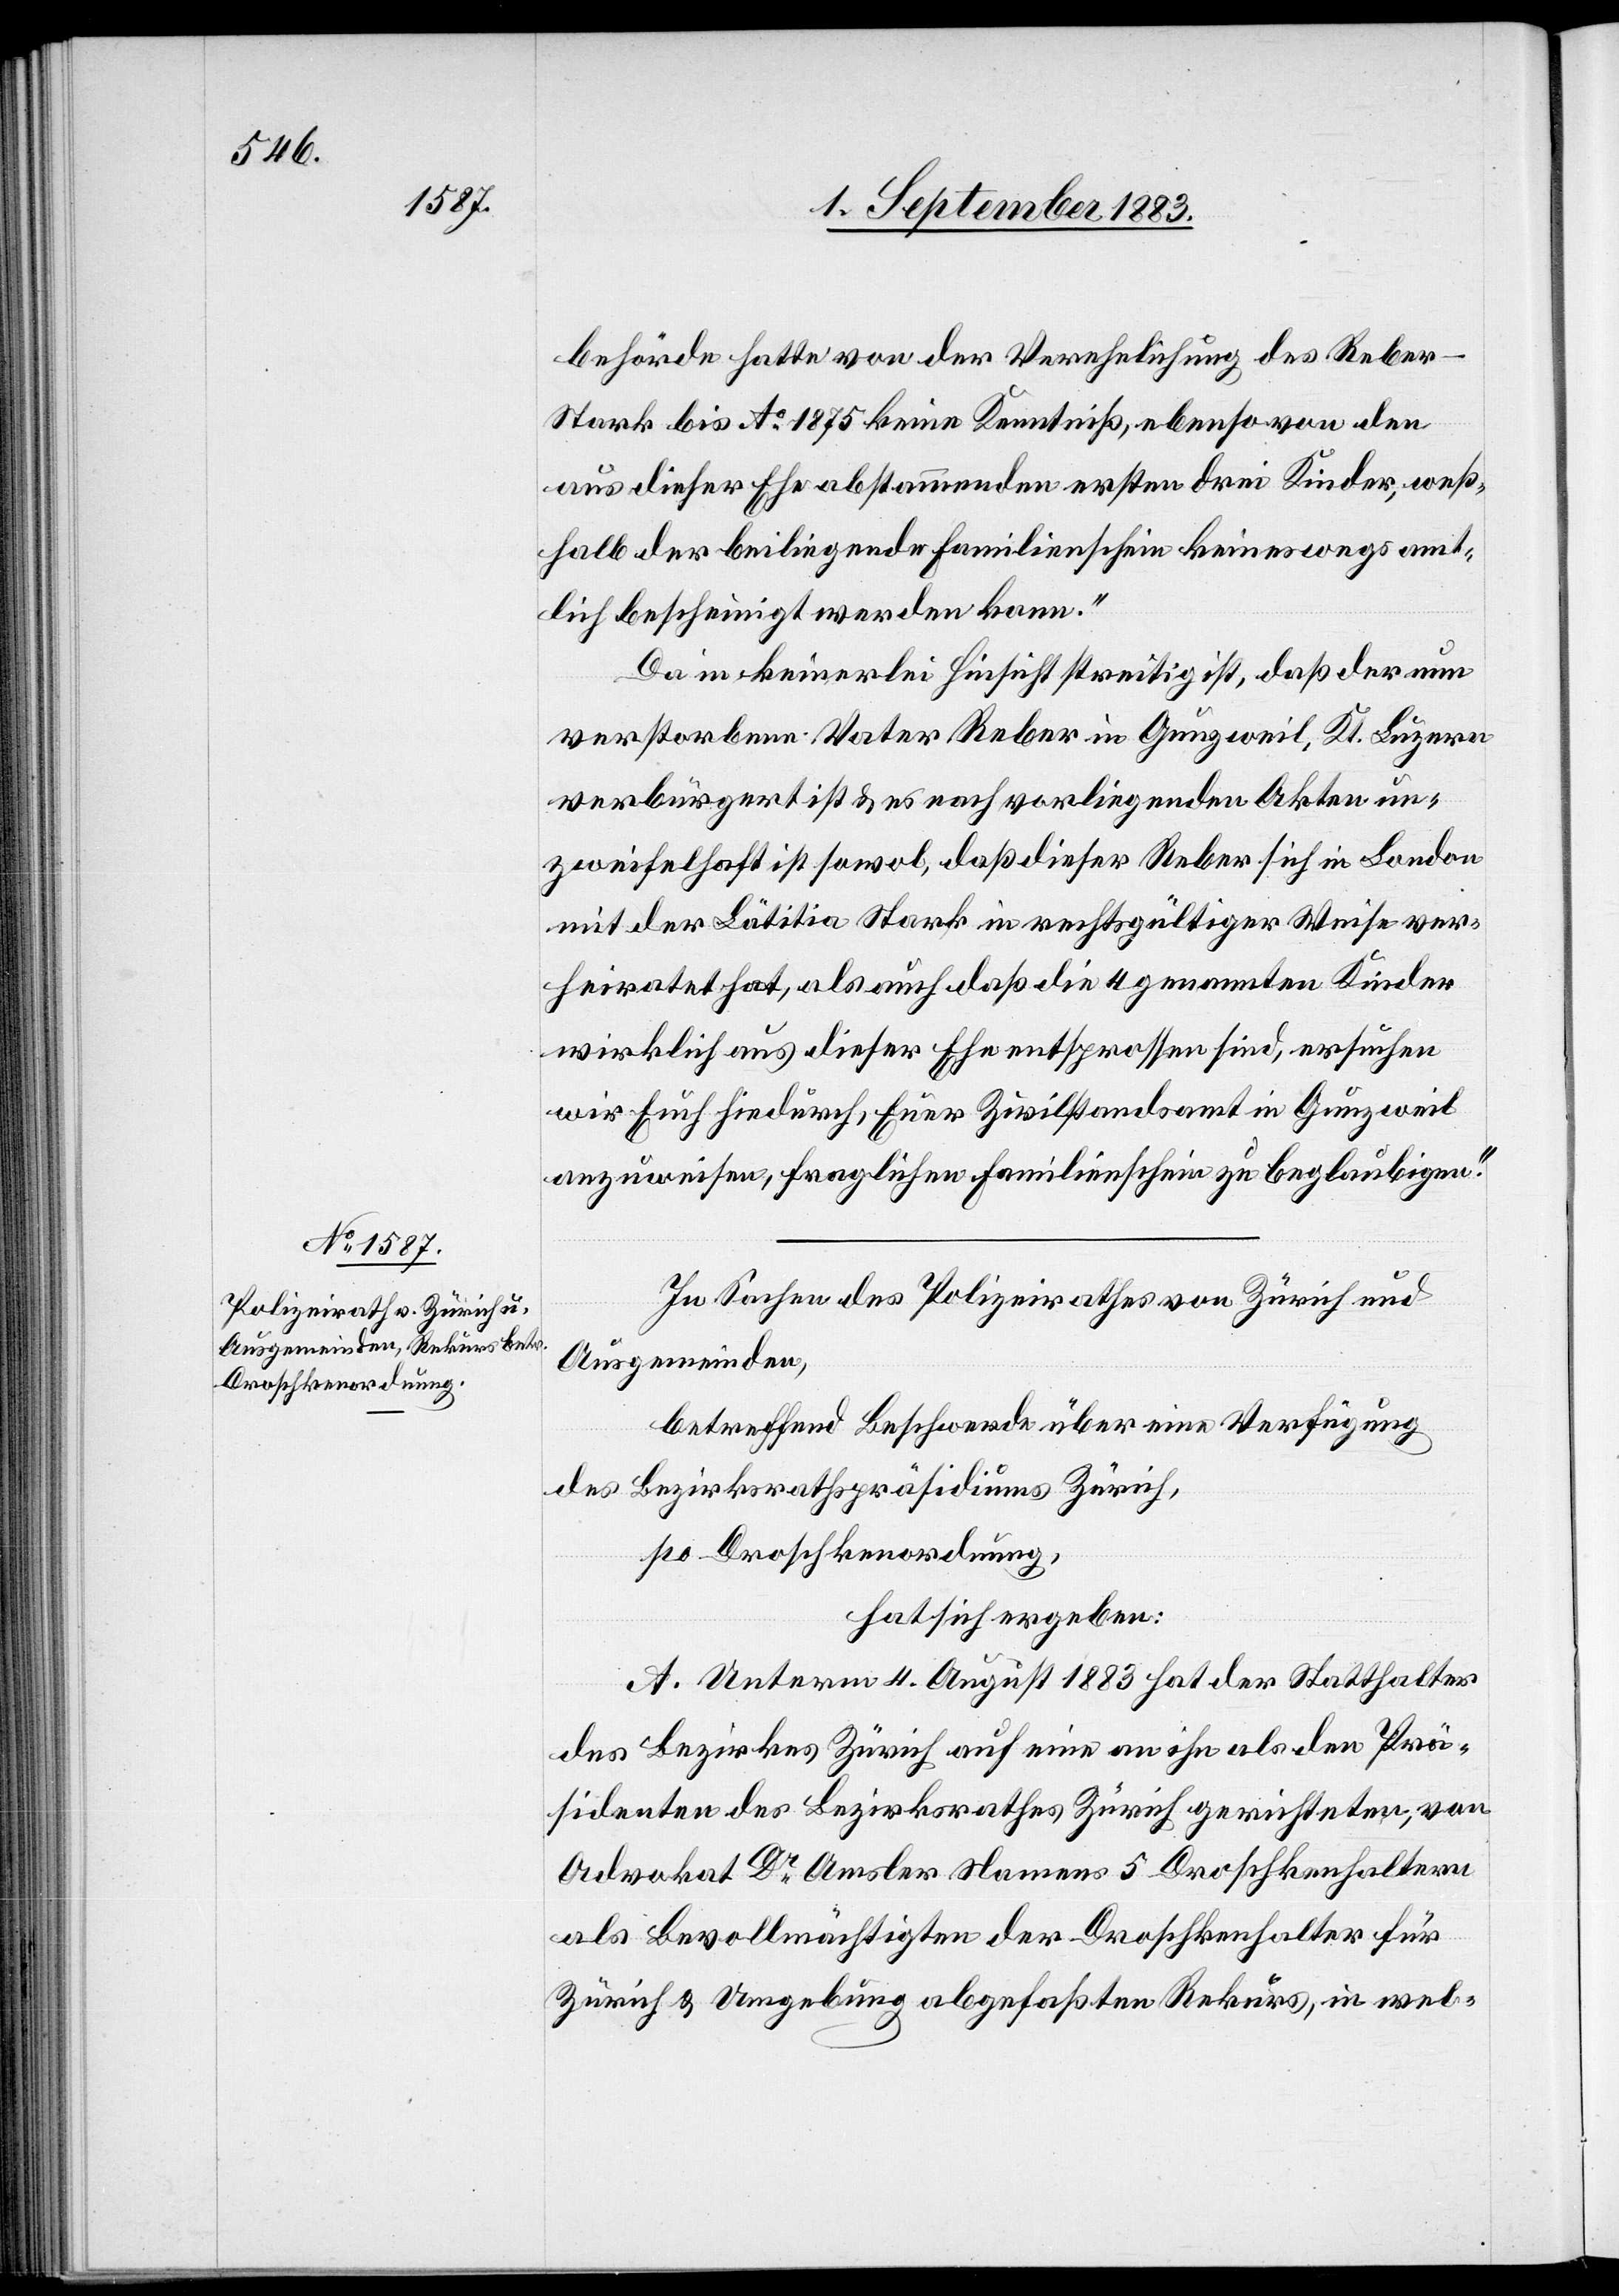
behörde hatte von der Verehelichung des Reber-S¬
tark bis Ao 1875 keine Kenntniß, ebenso von den
aus dieser Ehe abstammenden ersten drei Kinder, weß¬
halb der beiligende Familienschein keineswegs amt¬
lich bescheinigt werden kann.“
Da in keinerlei Hinsicht streitig ist, daß der nun
verstorbene Vater Reber in Gunzweil, Kt. Luzern
verbürgert ist & es nach vorliegenden Akten un¬
zweifelhaft ist sowol, daß dieser Reber sich in London
mit der Lätitia Stark in rechtsgültiger Weise ver¬
heiratet hat, als auch daß die 4 genannten Kinder
wirklich aus dieser Ehe entsprossen sind, ersuchen
wir Euch hiedurch, Euer Zivilstandsamt in Gunzweil
anzuweisen, fraglichen Familienschein zu beglaubigen.“
In Sachen des Polizeirathes von Zürich und
Ausgemeinden,
betreffend Beschwerde über eine Verfügung
des Bezirksrathspräsidiums Zürich,
po Droschkenordnung,
hat sich ergeben:
A. Unterm 4. August 1883 hat der Statthalter
des Bezirkes Zürich auf eine an ihn als den Prä¬
sidenten des Bezirksrathes Zürich gerichteten, von
Advokat Dr Amsler Namens 5 Droschkenhaltern
als Bevollmächtigten der Droschkenhalter für
Zürich & Umgebung abgefaßten Rekurs, in wel-